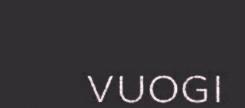
vuogi